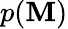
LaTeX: p(\mathbf{M})